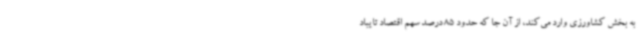
به بخش کشاورزی وارد می‌کند، از آن جا که حدود 85 درصد سهم اقتصاد تایباد